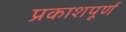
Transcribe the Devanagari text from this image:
प्रकाशपूर्ण